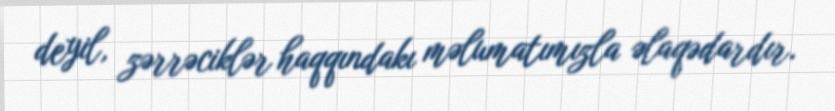
deyil, zərrəciklər haqqındakı məlumatımızla əlaqədardır.